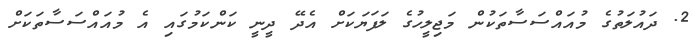
2. ދައުލަތުގެ މުއައްސަސާތަކުން މަޖިލީހުގެ ލަފަޔަކަށް އެދޭ ދީނީ ކަންކަމުގައި އެ މުއައްސަސާތަކަށް